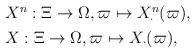
LaTeX: \begin{align*}\begin{aligned}&X^n:\Xi\rightarrow \Omega,\varpi \mapsto X^n_\cdot(\varpi), \\&X:\Xi\rightarrow \Omega,\varpi \mapsto X_\cdot(\varpi),\end{aligned}\end{align*}